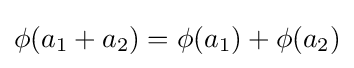
\phi (a_{1}+a_{2})=\phi (a_{1})+\phi (a_{2})